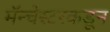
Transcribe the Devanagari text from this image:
मॅन्चेस्टरकडून